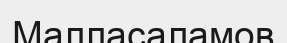
Малласаламов